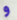
و